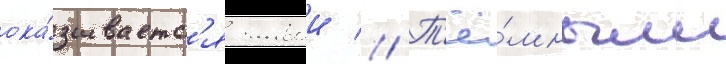
ока́зываетс'я живои // Т'ё́мным